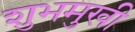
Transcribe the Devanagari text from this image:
शुभमुखी